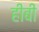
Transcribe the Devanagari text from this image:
हीबी